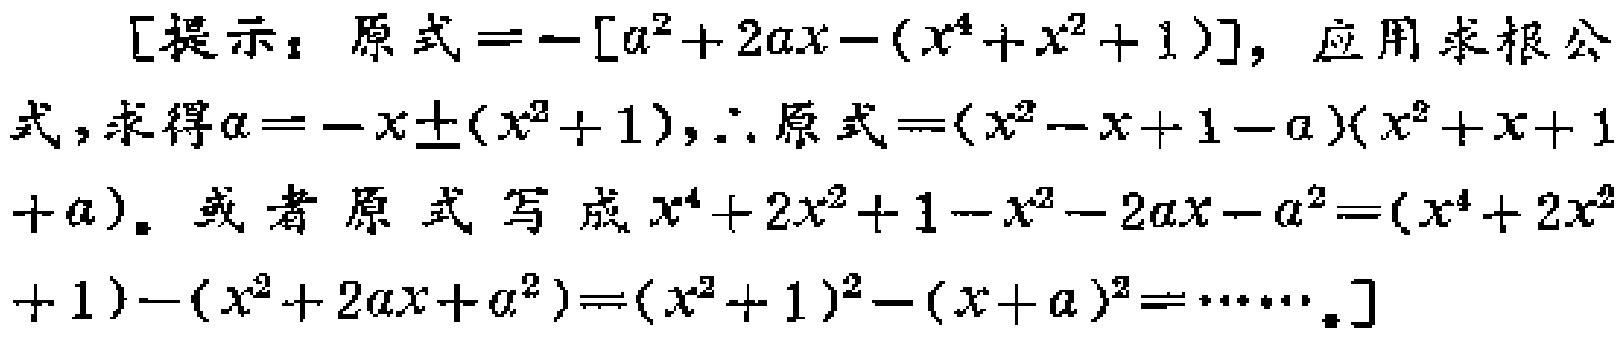
[提示：原式\(=-[a^{2}+2ax-(x^{4}+x^{2}+1)]\)，应用求根公式，求得\(a=-x\pm(x^{2}+1)\)，\(\therefore\)原式\(=(x^{2}-x + 1 - a)(x^{2}+x + 1 + a)\)。或者原式写成\(x^{4}+2x^{2}+1-x^{2}-2ax - a^{2}=(x^{4}+2x^{2}+1)-(x^{2}+2ax + a^{2})=(x^{2}+1)^{2}-(x + a)^{2}=\cdots\)。]